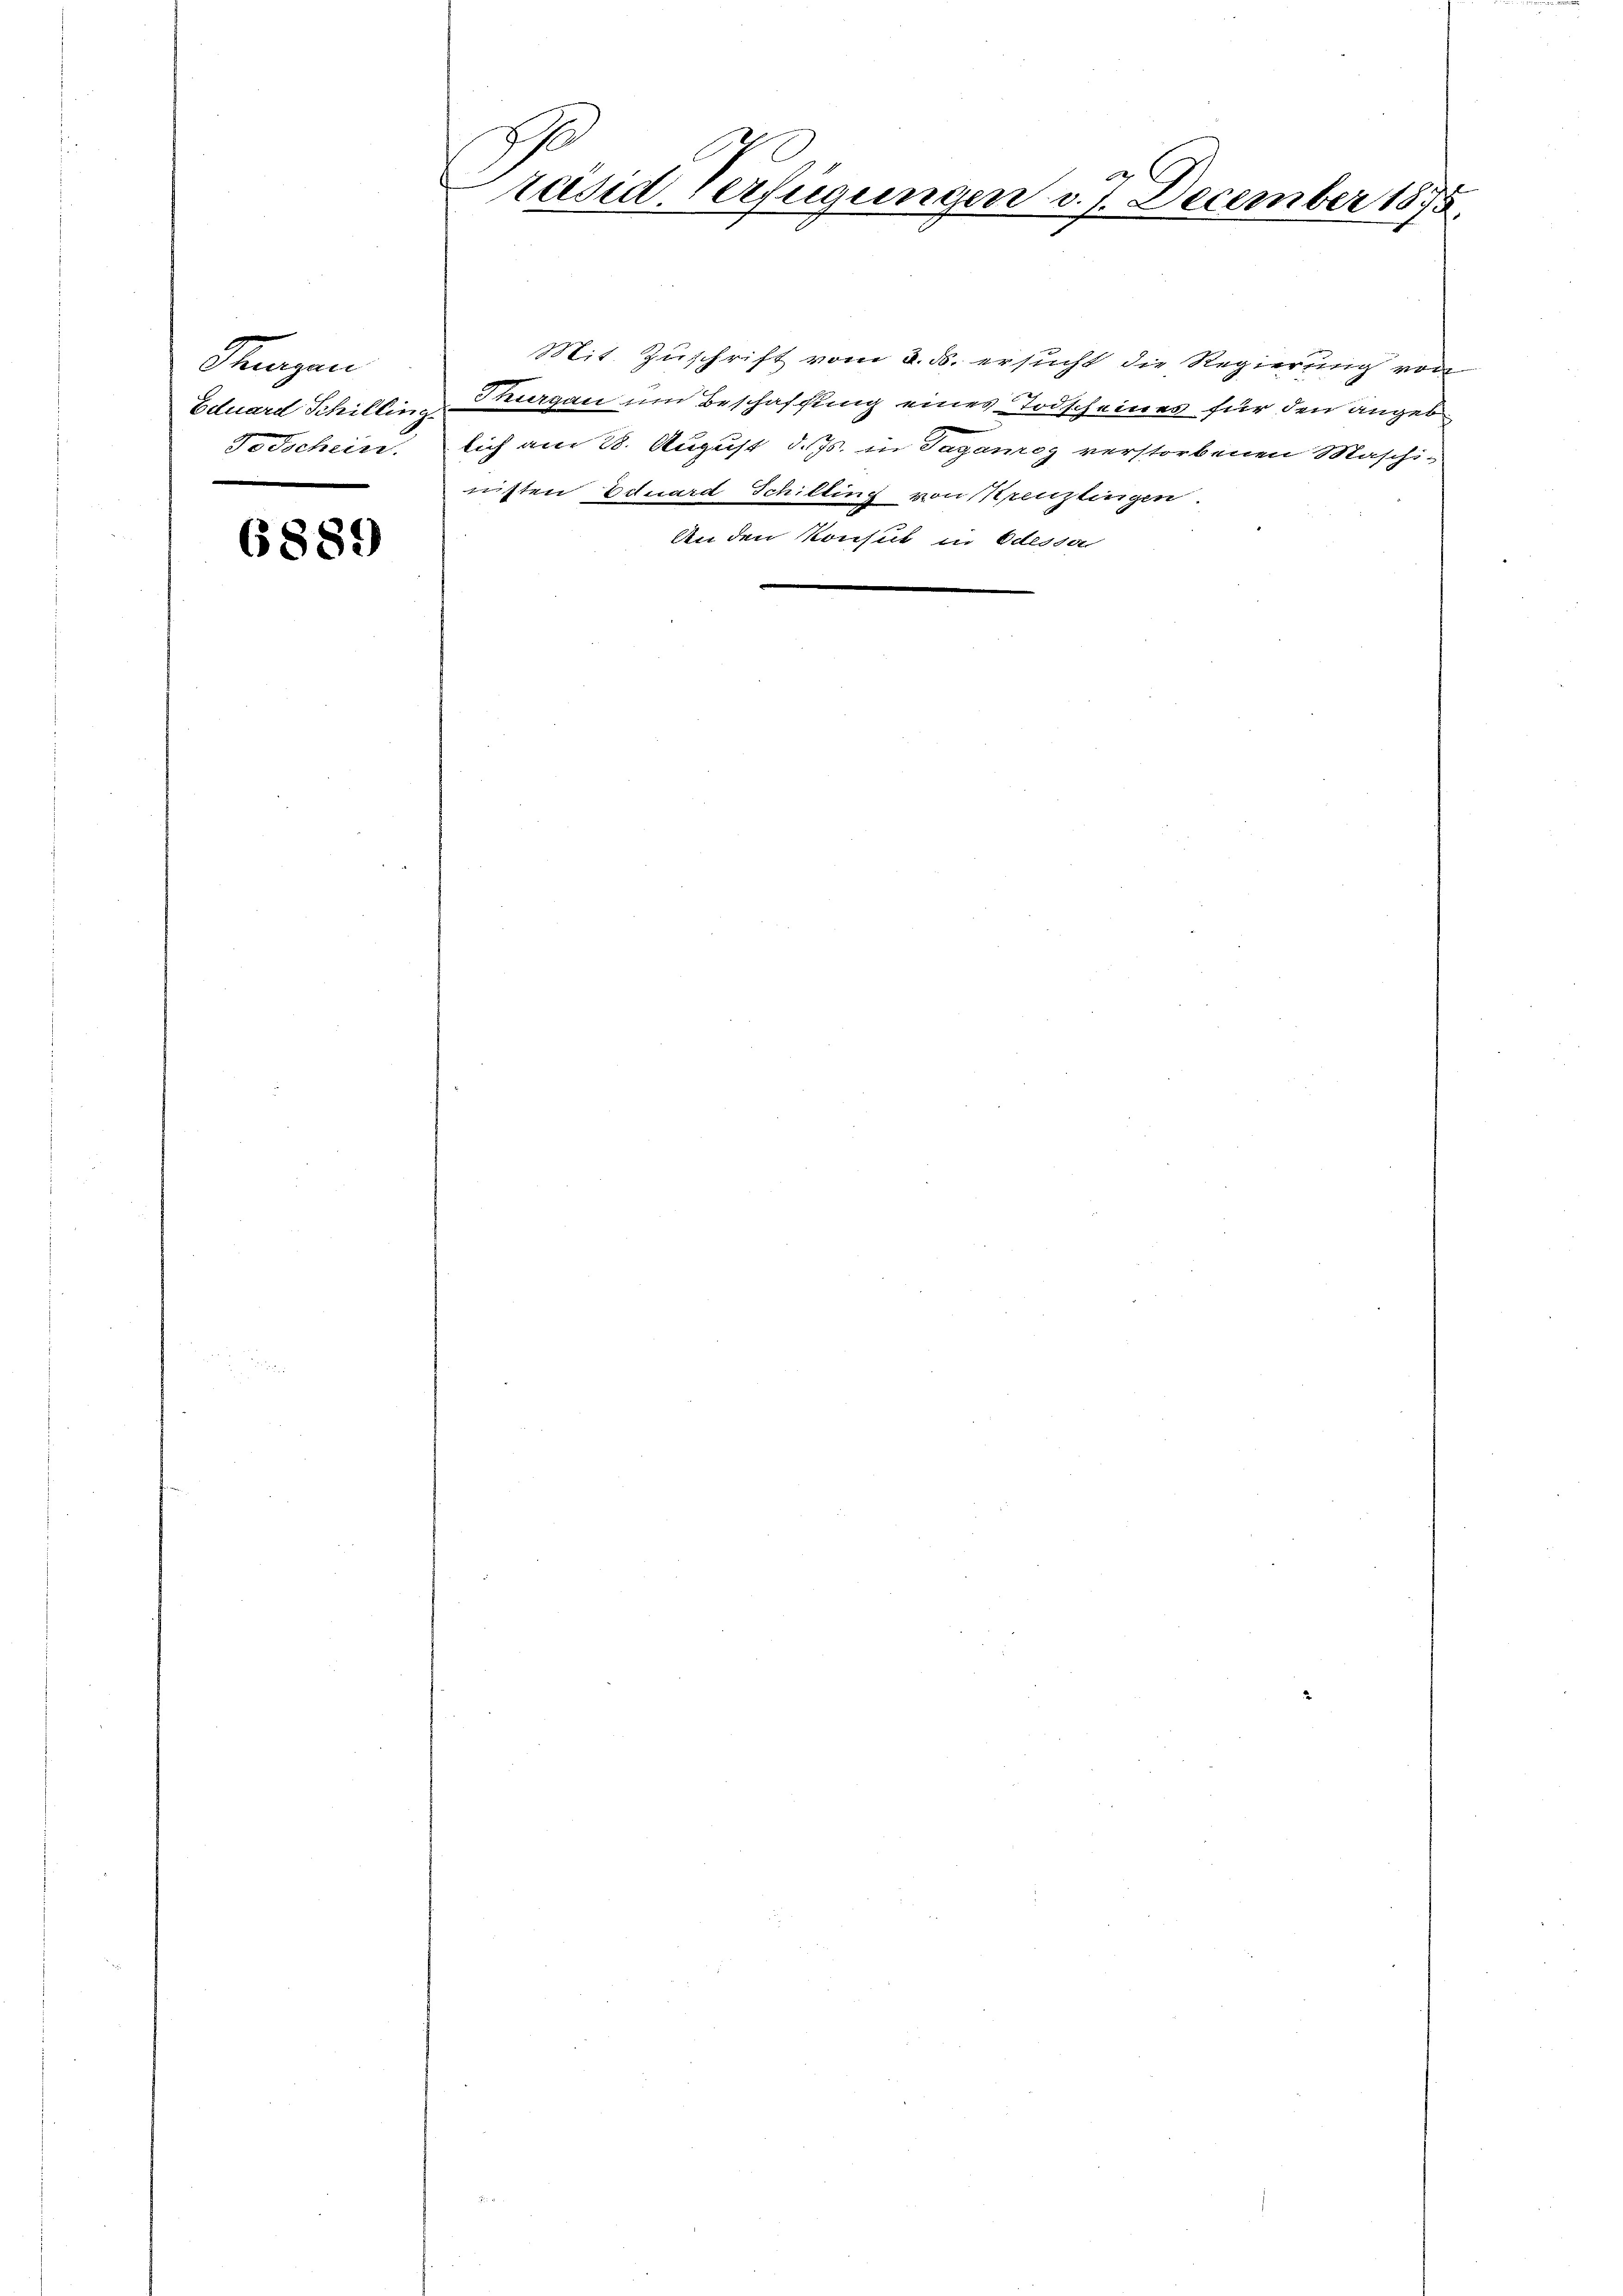
Stenzen
Todschein.
e

6889

2
f
räsid. Verfügungen v. J.
December 1875.

Mit. Zuschrift vom 2. ds. ersucht die Regierung von
Eduard Schillin, Burgau um Beschaffung eines Todscheines für den angeb
lich am 28. August d. Js. in Taganz verstorbenen Maschinisten Eduard Schilling von Penzlingen.
An den Konsul in Odessa